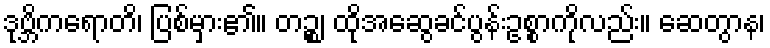
ဒုဗ္ဘိကရောတိ၊ ပြစ်မှား၏။ တဉ္စ၊ ထိုအဆွေခင်ပွန်းဥစ္စာကိုလည်း။ ဆေတွာန၊